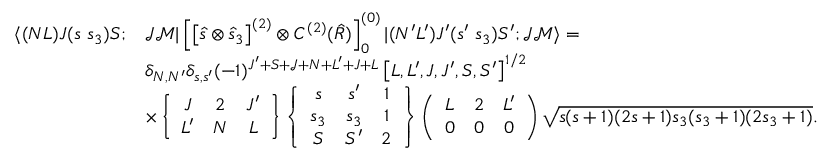
\begin{array} { r l } { \langle ( N L ) J ( s ~ s _ { 3 } ) S ; } & { \mathcal { J } \mathcal { M } | \left[ \left[ \hat { s } \otimes \hat { s } _ { 3 } \right] ^ { ( 2 ) } \otimes C ^ { ( 2 ) } ( \hat { R } ) \right] _ { 0 } ^ { ( 0 ) } | ( N ^ { \prime } L ^ { \prime } ) J ^ { \prime } ( s ^ { \prime } ~ s _ { 3 } ) S ^ { \prime } ; \mathcal { J } \mathcal { M } \rangle = } \\ & { \delta _ { N , N ^ { \prime } } \delta _ { s , s ^ { \prime } } ( - 1 ) ^ { J ^ { \prime } + S + \mathcal { J } + N + L ^ { \prime } + J + L } \left[ L , L ^ { \prime } , J , J ^ { \prime } , S , S ^ { \prime } \right] ^ { 1 / 2 } } \\ & { \times \left\{ \begin{array} { c c c } { J } & { 2 } & { J ^ { \prime } } \\ { L ^ { \prime } } & { N } & { L } \end{array} \right\} \left\{ \begin{array} { c c c } { s } & { s ^ { \prime } } & { 1 } \\ { s _ { 3 } } & { s _ { 3 } } & { 1 } \\ { S } & { S ^ { \prime } } & { 2 } \end{array} \right\} \left( \begin{array} { c c c } { L } & { 2 } & { L ^ { \prime } } \\ { 0 } & { 0 } & { 0 } \end{array} \right) \sqrt { s ( s + 1 ) ( 2 s + 1 ) s _ { 3 } ( s _ { 3 } + 1 ) ( 2 s _ { 3 } + 1 ) } . } \end{array}